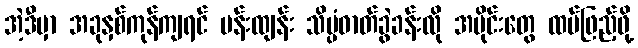
အဲ့ဒီမှာ အခုနှစ်ကုန်ကျရင် မန်းထျန်း သိပ္ပံဓာတ်ခွဲခန်းလို အပိုင်းတွေ ထပ်ဖြည့်ဖို့